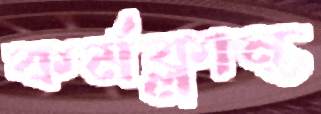
কর্মক্লান্ত